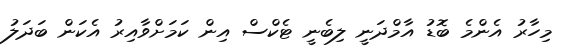
މިހާރު އެންމެ ބޮޑު އާމްދަނީ ލިބެނީ ޓެކްސް އިން ކަމަށްވާއިރު އެކަން ބަދަލު